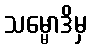
သမ္မောဒိမှ